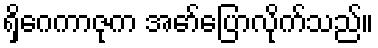
ရှိဂေကာဇုက အော်ပြောလိုက်သည်။